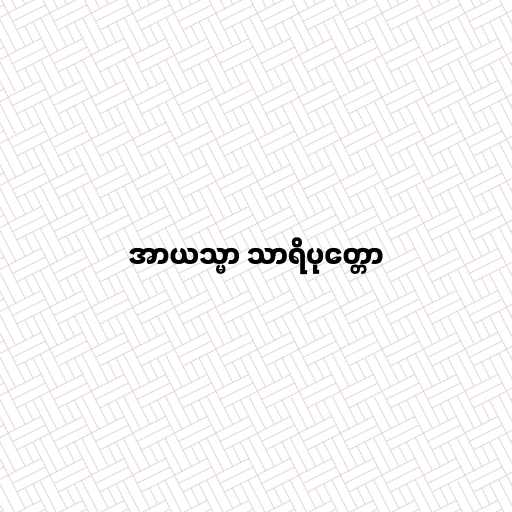
အာယသ္မာ သာရိပုတ္တော